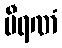
ဗီရဏံ